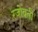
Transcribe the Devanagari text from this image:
रजोवती